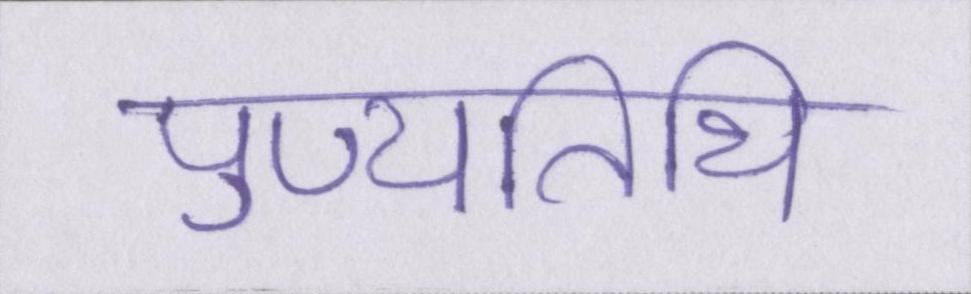
पुण्यतिथि